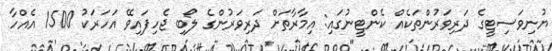
ޔުނިވަސިޓީގެ ދަރިވަރުންތަކެއް ކެންޓީނުގައި: އިމާރާތަށް ދަރިވަރުންގެ ލޯބި ޖެހިފައިވޭ އަހަރަކު 1500 އެއްހާ